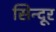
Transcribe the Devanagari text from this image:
सिन्‍दूर